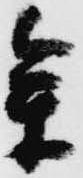
参